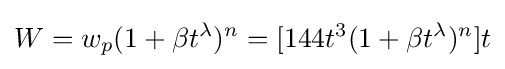
W=w_{p}(1+\beta t^{\lambda })^{n}=[144t^{3}(1+\beta t^{\lambda })^{n}]t